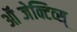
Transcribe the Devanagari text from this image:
ऑब्जेक्टिव्स्